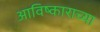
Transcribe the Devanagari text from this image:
आविष्काराच्या